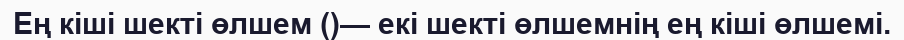
Ең кіші шекті өлшем ()— екі шекті өлшемнің ең кіші өлшемі.